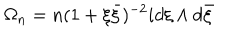
LaTeX: \Omega _ { n } = n ( 1 + \xi \bar { \xi } ) ^ { - 2 } i d \xi \wedge d \bar { \xi }